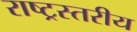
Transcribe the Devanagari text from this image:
राष्ट्रस्तरीय